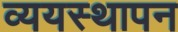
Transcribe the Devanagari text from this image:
व्ययस्थापन